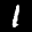
Label: 1